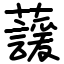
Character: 蘐